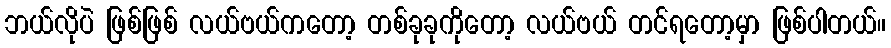
ဘယ်လိုပဲ ဖြစ်ဖြစ် လယ်ဗယ်ကတော့ တစ်ခုခုကိုတော့ လယ်ဗယ် တင်ရတော့မှာ ဖြစ်ပါတယ်။